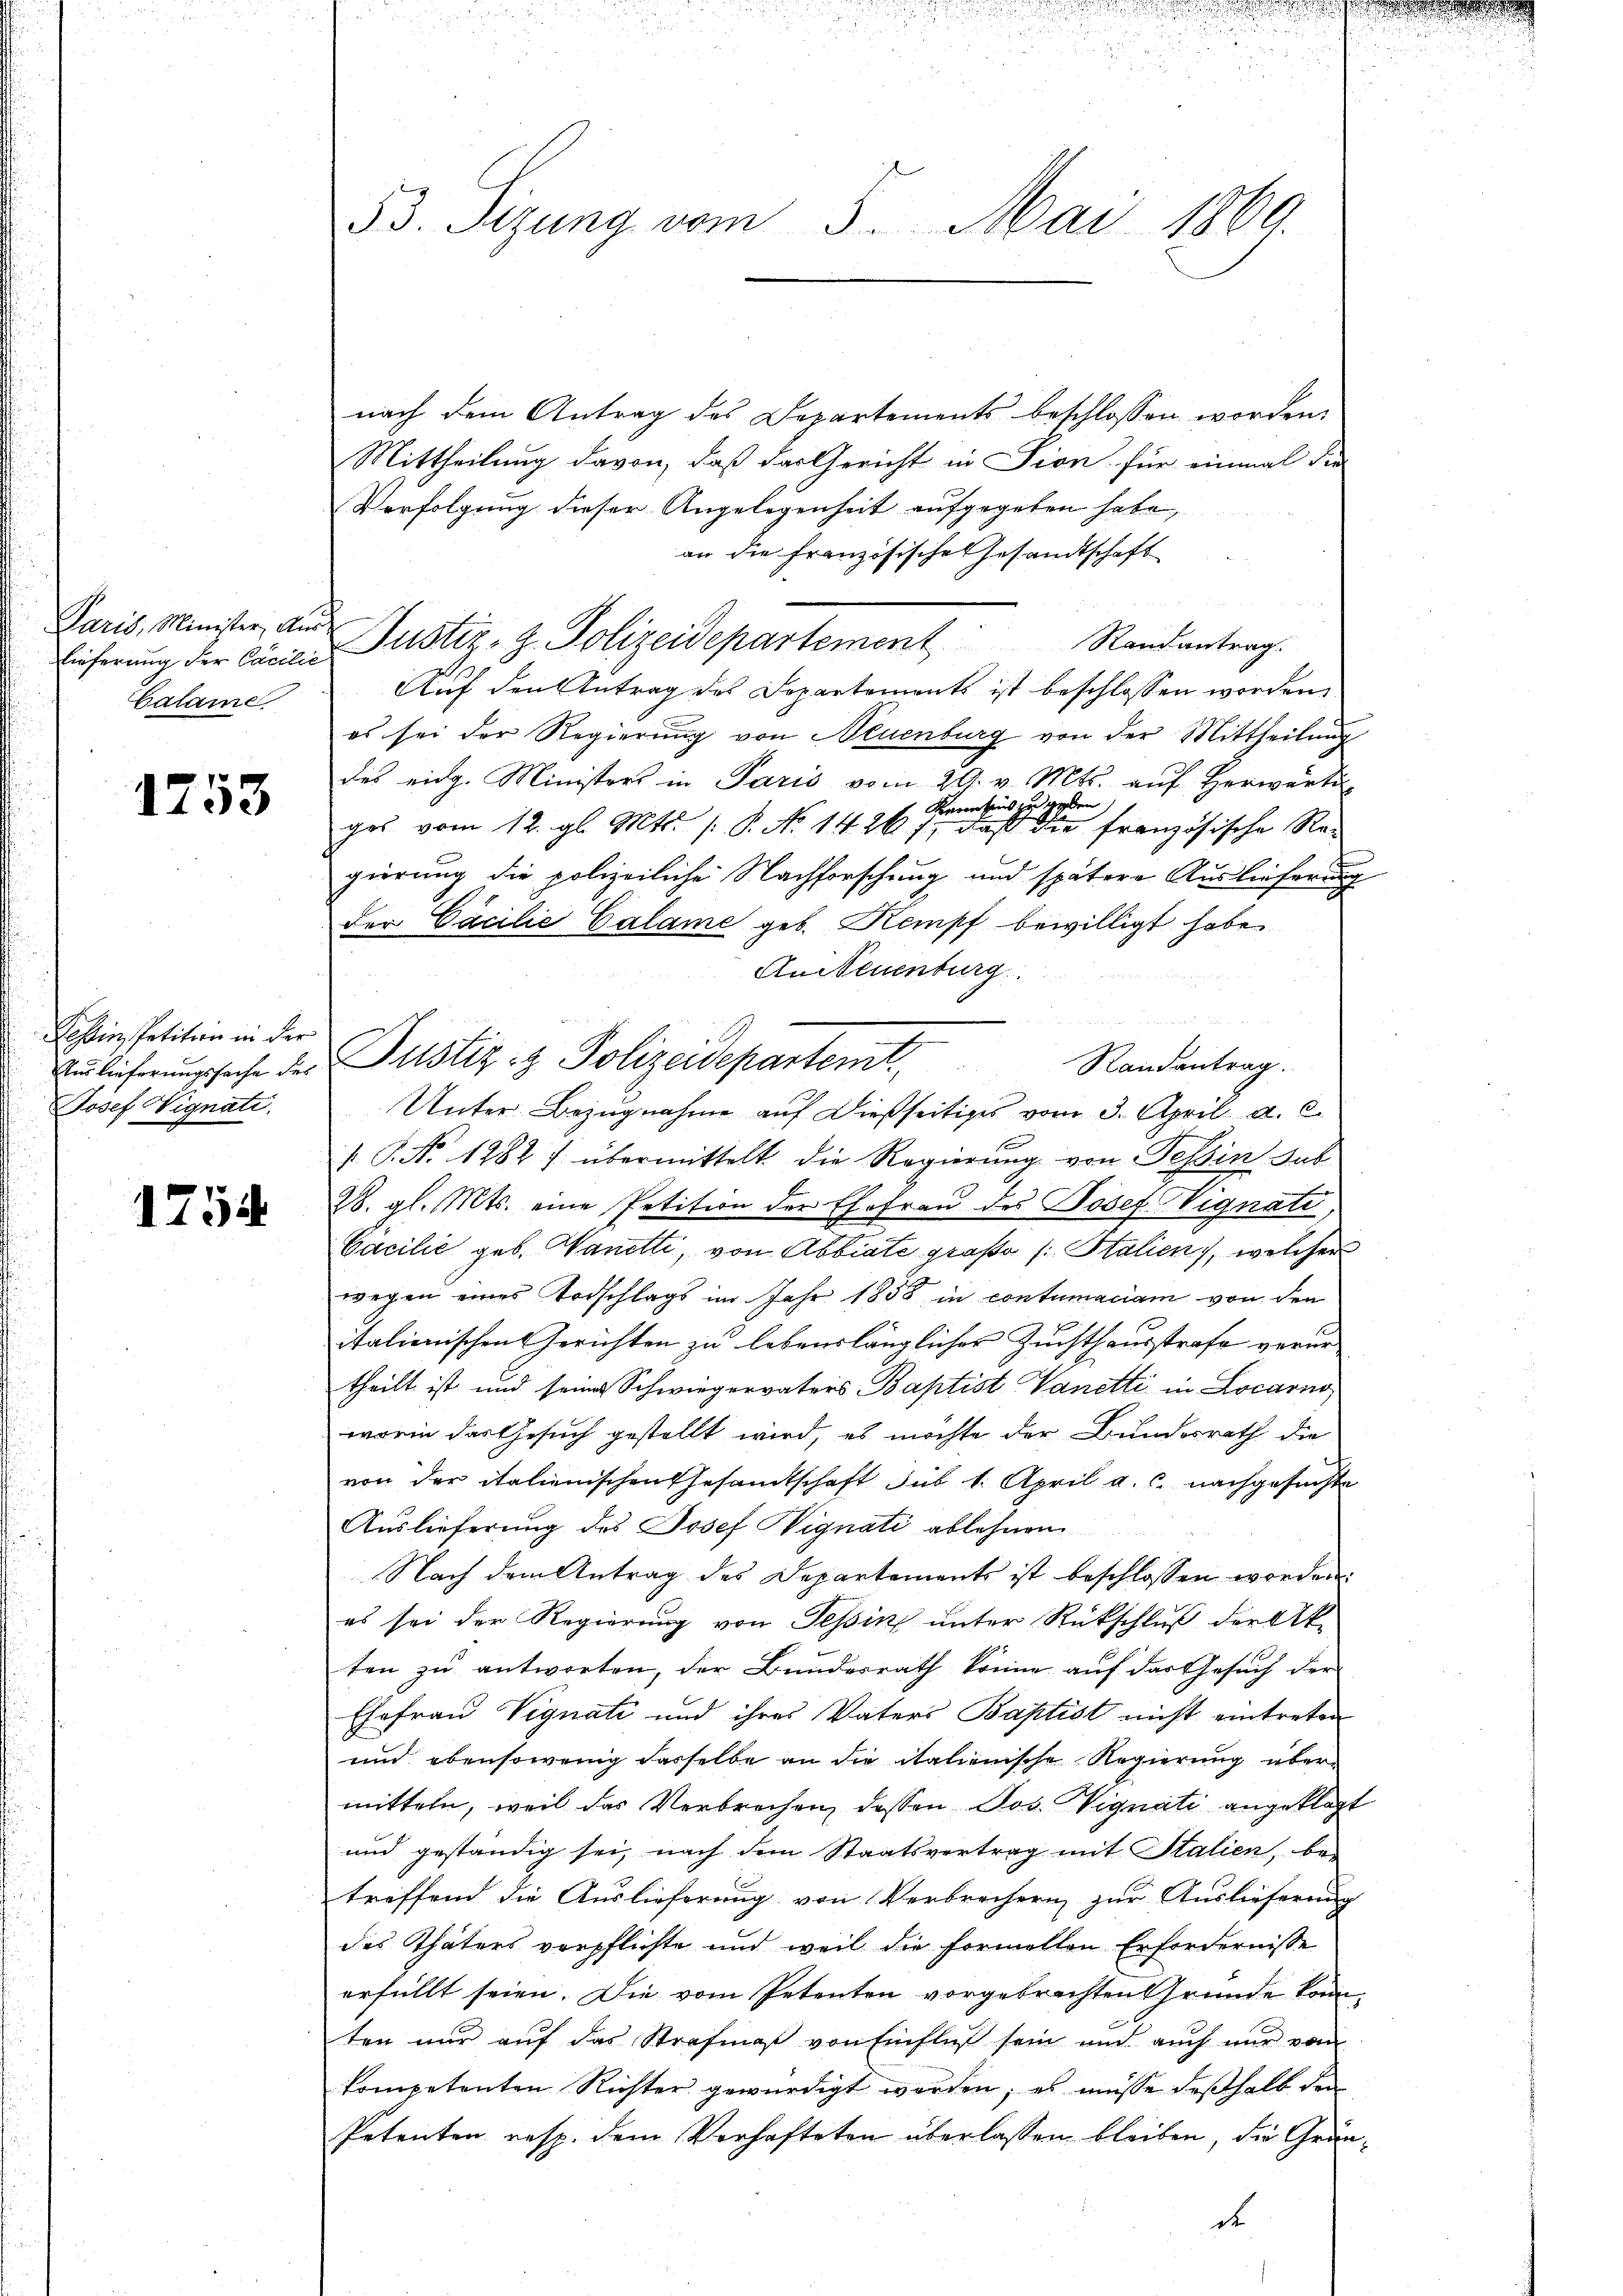
Paris, Minister, Aus¬
Calame

1753

Tessin, Petition in der
Josef Vignati

1754

53. Sizung vom 5. Mai 1860.

nach dem Antrag des Departements beschlossen worden.
Mittheilung davon, daß das Gericht in Pion für einmal die
Verfolgung dieser Angelegenheit aufgegeben habe,
an die französische Gesandtschaft
Biherŭng der Casilie Justiz- & Polizeidepartement Randantrag.
Auf den Antrag des Departements ist beschlossen worden
es sei der Regierung von Neuenburg von der Mittheilung
des eidg. Ministers in Paris vom 29. v. Mts. aŭf herwärti
Kenntnis zu geben
ges vom 12. gl. Mts. /: P. No 1426 f: daß die französische Regierung die polizeiliche Nachforschung und spätere Auslieferung
der Cacilie Calame geb. Kempf bewilligt habe.
An Neuenburg
Randantrag.
Unter Bezugnahme auf dießseitiges vom 3. April a. c.
V. P. Nr. 1282 f. übermittelt die Regierung von Tessin sub
28. gl. Mts. eine Petition der Ehefrau des Josef Wignati,
Cacilie geb. Wanetti, von Abbiate große (: Stalien, welcher
wegen eines Todschlags im Jahr 1858 in contumaciam von den
italienischen Gerichten zu lebenslänglicher Zuchthausstrafe verur-
theilt ist und seine Schwiegervaters Baptist Vanetti in Locarno
worin das Gesuch gestellt wird, es möchte der Bundesrath die
von der italienischen Gesandtschaft sub 1. April a. c. nachgesuchte
Auslieferung des Josef Vignati ablehnen
Nach dem Antrag des Departements ist beschlossen worden:
es sei der Regierŭng von Tessin ŭnter Rückschlŭβ der Ak-
ten zŭ antworten, der Bundesrath könne auf das Gesŭch der
Ehefrau Vignati und ihres Vaters Baptist nicht eintreten
und ebensowenig dasselbe an die italienische Regierung übermitteln, weil das Verbrechen, dessen Jos. Vignati angeklagt
und geständig sei, nach dem Staatsvertrag mit Stalien, be-
treffend die Auslieferung von Verbrechern zur Auslieferung
des Thäters verpflichte und weil die formellen Erfordernisse
erfüllt seien. Die vom Petenten vorgebrachten Gründe konnten nur auf das Strafmaß von Einfluß sein und auch nur vom
kompetenten Richter gewürdigt werden; es müsse deßhalb den
Petenten resp. dem Verhafteten überlassen bleiben, die Grände

Birlicherungssache des Justiz & Polizeidepartemt

.